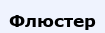
Флюстер